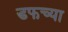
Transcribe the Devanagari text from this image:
डफच्या